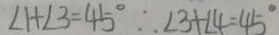
\angle 1 + \angle 3 = 4 5 ^ { \circ } \therefore \angle 3 + \angle 4 = 4 5 ^ { \circ }